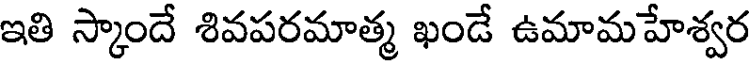
ఇతి స్కాందే శివపరమాత్మ ఖండే ఉమామహేశ్వర